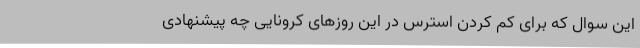
این سوال که برای کم کردن استرس در این روزهای کرونایی چه پیشنهادی